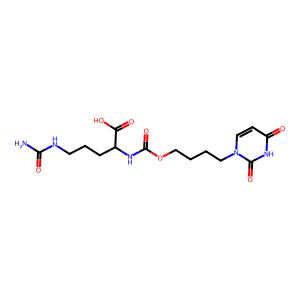
SMILES: NC(=O)NCCCC(NC(=O)OCCCCn1ccc(=O)[nH]c1=O)C(=O)O
Inhibits HIV replication: No